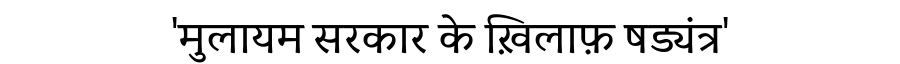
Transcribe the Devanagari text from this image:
'मुलायम सरकार के ख़िलाफ़ षड्यंत्र'